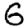
Digit: 6